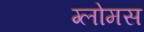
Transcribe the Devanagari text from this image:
ग्लोमस